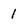
Character: 1